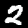
Label: 2